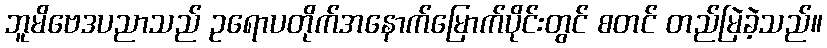
ဘူမိဗေဒပညာသည် ဥရောပတိုက်အနောက်မြောက်ပိုင်းတွင် စတင် တည်မြဲခဲ့သည်။